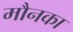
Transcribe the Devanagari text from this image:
मौनका